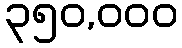
၃၅၀,၀၀၀